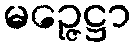
မဉ္ဇေဋ္ဌာ